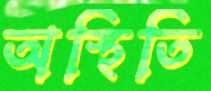
অস্থিতি